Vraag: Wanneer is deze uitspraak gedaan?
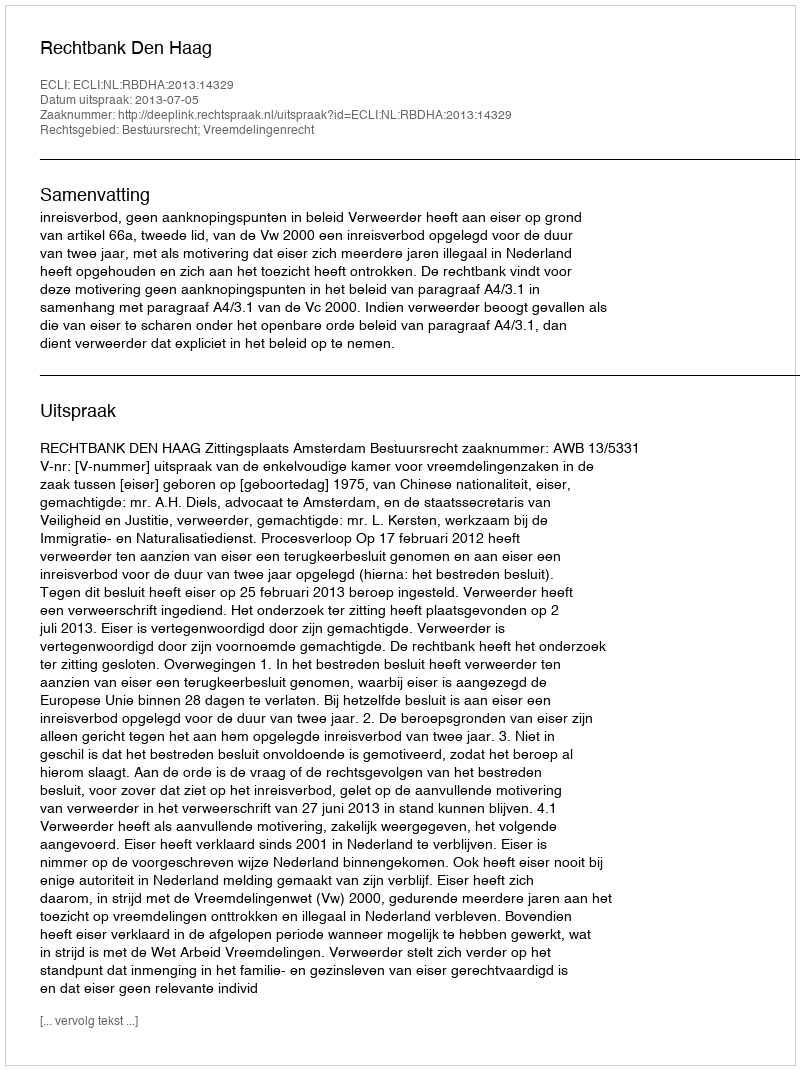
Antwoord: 2013-07-05